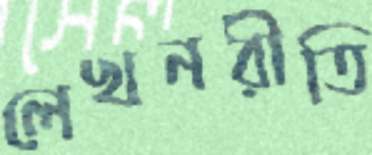
লেখনরীতি